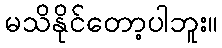
မသိနိုင်တော့ပါဘူး။